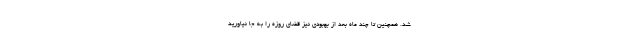
شد. همچنین تا چند ماه بعد از بهبودی نیز قضای روزه را به جا نیاورید